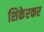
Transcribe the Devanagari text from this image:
शिकेरकर